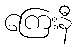
ကြေးနီ